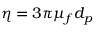
\eta = 3 \pi \mu _ { f } d _ { p }